Parnu-Viljandi_kinnistusamet, lk 91
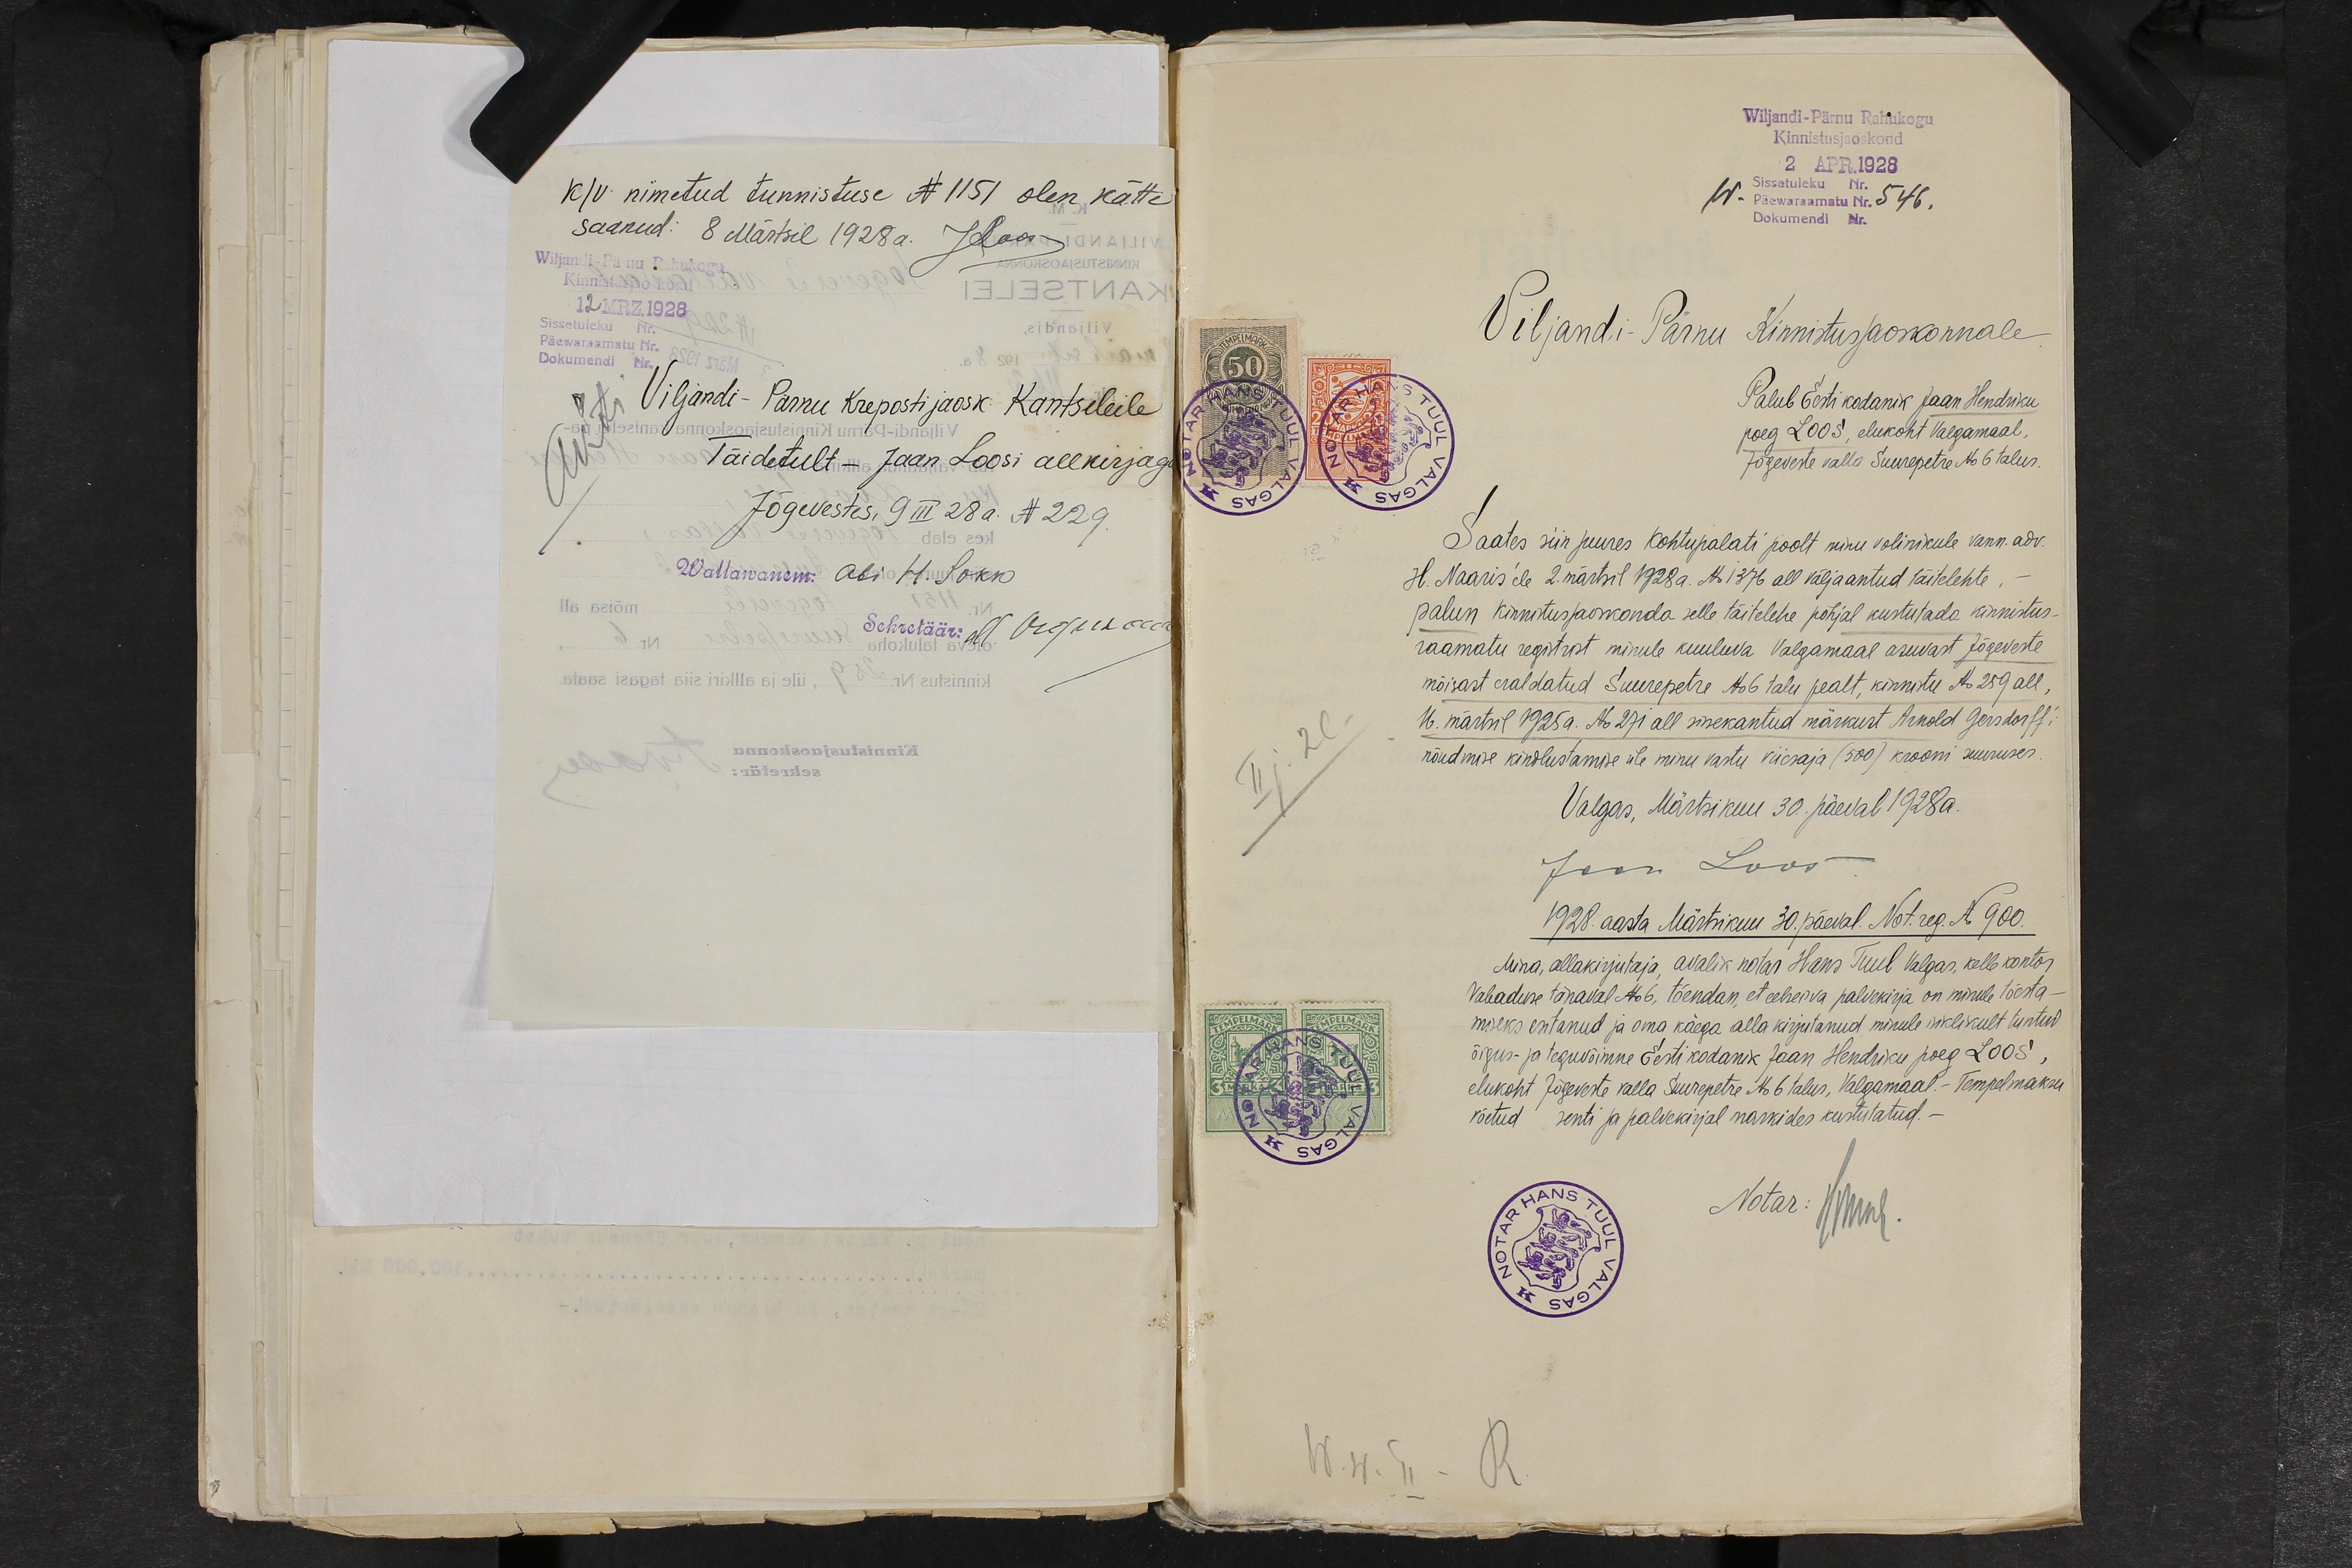
k/v nimetud tunnistuse N 1151 olen kätte
saanud: 8 Märtsil 1928a. JLoos
Wiljandi-Pärnu Rahukogu
Kinnistusjaoskond
12 MRZ. 1928
Sissetuleku Nr.
Päewaraamatu Nr.
Dokumendi Nr.
Akti
Viljandi - Pärnu Kreposti jaosk. Kantseleile
Täidetult - Jaan Loosi allkirjaga
Jõgevestes, 9 III 28 a. N229.
Wallawanem: abi H. Sokk
Sekretäär: M. Orgusaar

Wiljandi-Pärnu Rahukogu
Kinnistusjaoskond
2 APR.1928
Sissetuleku Nr.
Päewaraamatu Nr. 546.
Dokumendi Nr.
Viljandi-Pärnu Kinnistusjaoskonnale
Palub Eesti kodanik Jaan Hendriku
poeg Loos, elukoht Valgamaal,
Jõgeveste valla Suurepetre No 6 talus.
Saates siin juures kohtupalati poolt minu volinikule vann.adv.
H. Naaris'ele 2. märtsil 1928 a. No 1376 all väljaantud täitelehte, -
palun kinnistusjaoskonda selle täitelehe põhjal kustutada kinnistus-
raamatu registrist minule kuuluva Valgamaal asuvast Jõgeveste
mõisast eraldatud Suurepetre No 6 talu pealt, kinnistu No 259 all,
16. märtsil 1925 a. No 271 all sissekantud märkust Arnold Gersdorff´i
nõudmise kindlustamise üle minu vastu viisesaja (500) krooni suuruses.
Valgas, Märtsikuu 30. päeval 1928a.
Jaan Loos
1928. aasta Märtsikuu 30. päeval. Not. reg. N 900.
Mina, allakirjutaja, avalik notar Hans Tuul Valgas, kelle kontor
Vabaduse tänaval No 6, tõendan, et eelseisva palvekirja on minule tõesta-
miseks esitanud ja oma käega alla kirjutanud minule isiklikult tuntud
õigus- ja teguvõimne Eesti kodanik Jaan Hendriku poeg Loos,
elukoht Jõgeveste valla Suurepetre No 6 talus, Valgamaal. - Tempelmaksu
võetud  senti ja palvekirjal markides kustutatud. -
Notar: HTuul